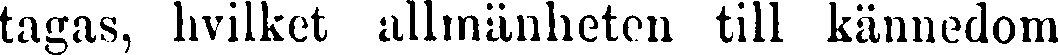
tagas, hvilket allmänheten till kännedom